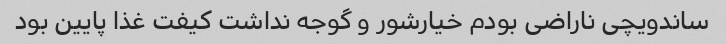
ساندویچی ناراضی بودم خیارشور و گوجه نداشت کیفت غذا پایین بود